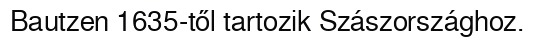
Bautzen 1635-től tartozik Szászországhoz.